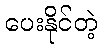
ပေးနိုင်တဲ့